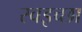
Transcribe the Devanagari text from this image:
स्वइच्छा